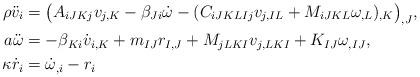
LaTeX: \begin{align*}\rho \ddot{v}_i &= \big(A_{iJKj} v_{j,K} - \beta_{Ji} \dot{\omega} -(C_{iJKLIj} v_{j,IL} + M_{iJKL} \omega_{,L} )_{,K}\big)_{,J},\\ a \ddot{\omega} &=-\beta_{Ki} \dot{v}_{i,K} + m_{IJ}r_{I,J} + M_{jLKI} v_{j,LKI} +K_{IJ}\omega_{,IJ},\\ \kappa \dot{r}_i &= \dot{\omega}_{,i} - r_{i}\end{align*}